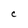
Character: C